Leaving Certificate Examination, 1921
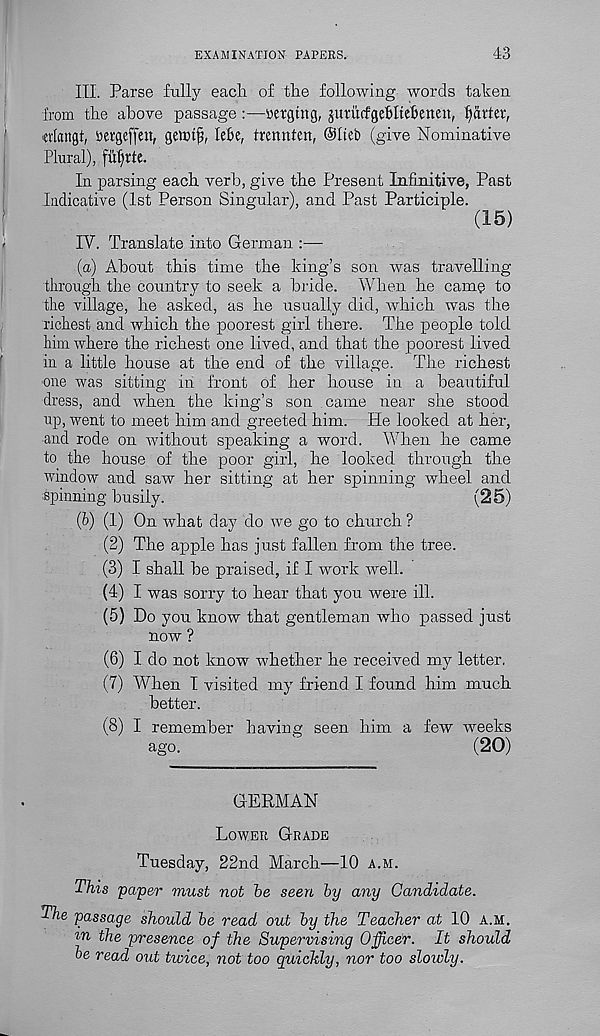
EXAMINATION PAPERS,
43
III. Parse fully each of the following words taken
from the above passage :—merging, jurucfgebltefceneu, garter,
eriangt, rergeffett, gewtf, leBe, trennten, @Itei) (give Nominative
Plural), ftitjrte.
In parsing each verb, give the Present Infinitive, Past
Indicative (1st Person Singular), and Past Participle.
(15)
IV. Translate into German :—
(a) About this time the king’s son was travelling
through the country to seek a bride. When he came to
the village, he asked, as he usually did, which was the
richest and Avhich the poorest girl there. The people told
him where the richest one lived, and that the poorest lived
in a little house at the end of the village. The richest
one was sitting in front of her house in a beautiful
dress, and when the king’s son came near she stood
up, went to meet him and greeted him. He looked at her,
and rode on without speaking a word. When he came
to the house of the poor girl, he. looked through the
window and saw her sitting at her spinning wheel and
■ spinning busily.
(25)
(b) (1) On what day do we go to church ?
(2) The apple has just fallen from the tree.
(3) I shall be praised, if I work well.
(4) I was sorry to hear that you were ill.
(5) Do you know that gentleman who passed just
now ?
(6) I do not know whether he received my letter.
(7) When I visited my friend. I found him much
better.
(8) I remember having seen him a few weeks
ago.
'
(20)
GERMAN
Lower Grade
Tuesday, 22nd March—10 a.m.
This paper must not be seen by any Candidate.
The passage should be read out by the Teacher at 10 a.m.
' in the presence of the Supervising Officer. It should
be read out twice, not too quickly, nor too slowly.